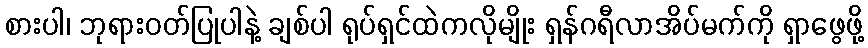
စားပါ၊ ဘုရားဝတ်ပြုပါနဲ့ ချစ်ပါ ရုပ်ရှင်ထဲကလိုမျိုး ရှန်ဂရီလာအိပ်မက်ကို ရှာဖွေဖို့